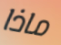
ماذا